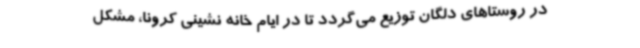
در روستاهای دلگان توزیع می‌گردد تا در ایام خانه نشینی کرونا، مشکل